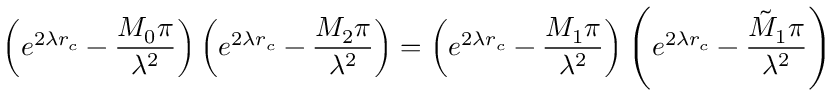
\left( e ^ { 2 \lambda r _ { c } } - \frac { M _ { 0 } \pi } { \lambda ^ { 2 } } \right) \left( e ^ { 2 \lambda r _ { c } } - \frac { M _ { 2 } \pi } { \lambda ^ { 2 } } \right) = \left( e ^ { 2 \lambda r _ { c } } - \frac { M _ { 1 } \pi } { \lambda ^ { 2 } } \right) \left( e ^ { 2 \lambda r _ { c } } - \frac { \tilde { M } _ { 1 } \pi } { \lambda ^ { 2 } } \right)